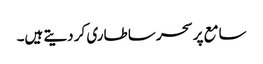
سامع پر سحر سا طاری کر دیتے ہیں۔